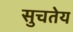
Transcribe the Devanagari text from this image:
सुचतेय